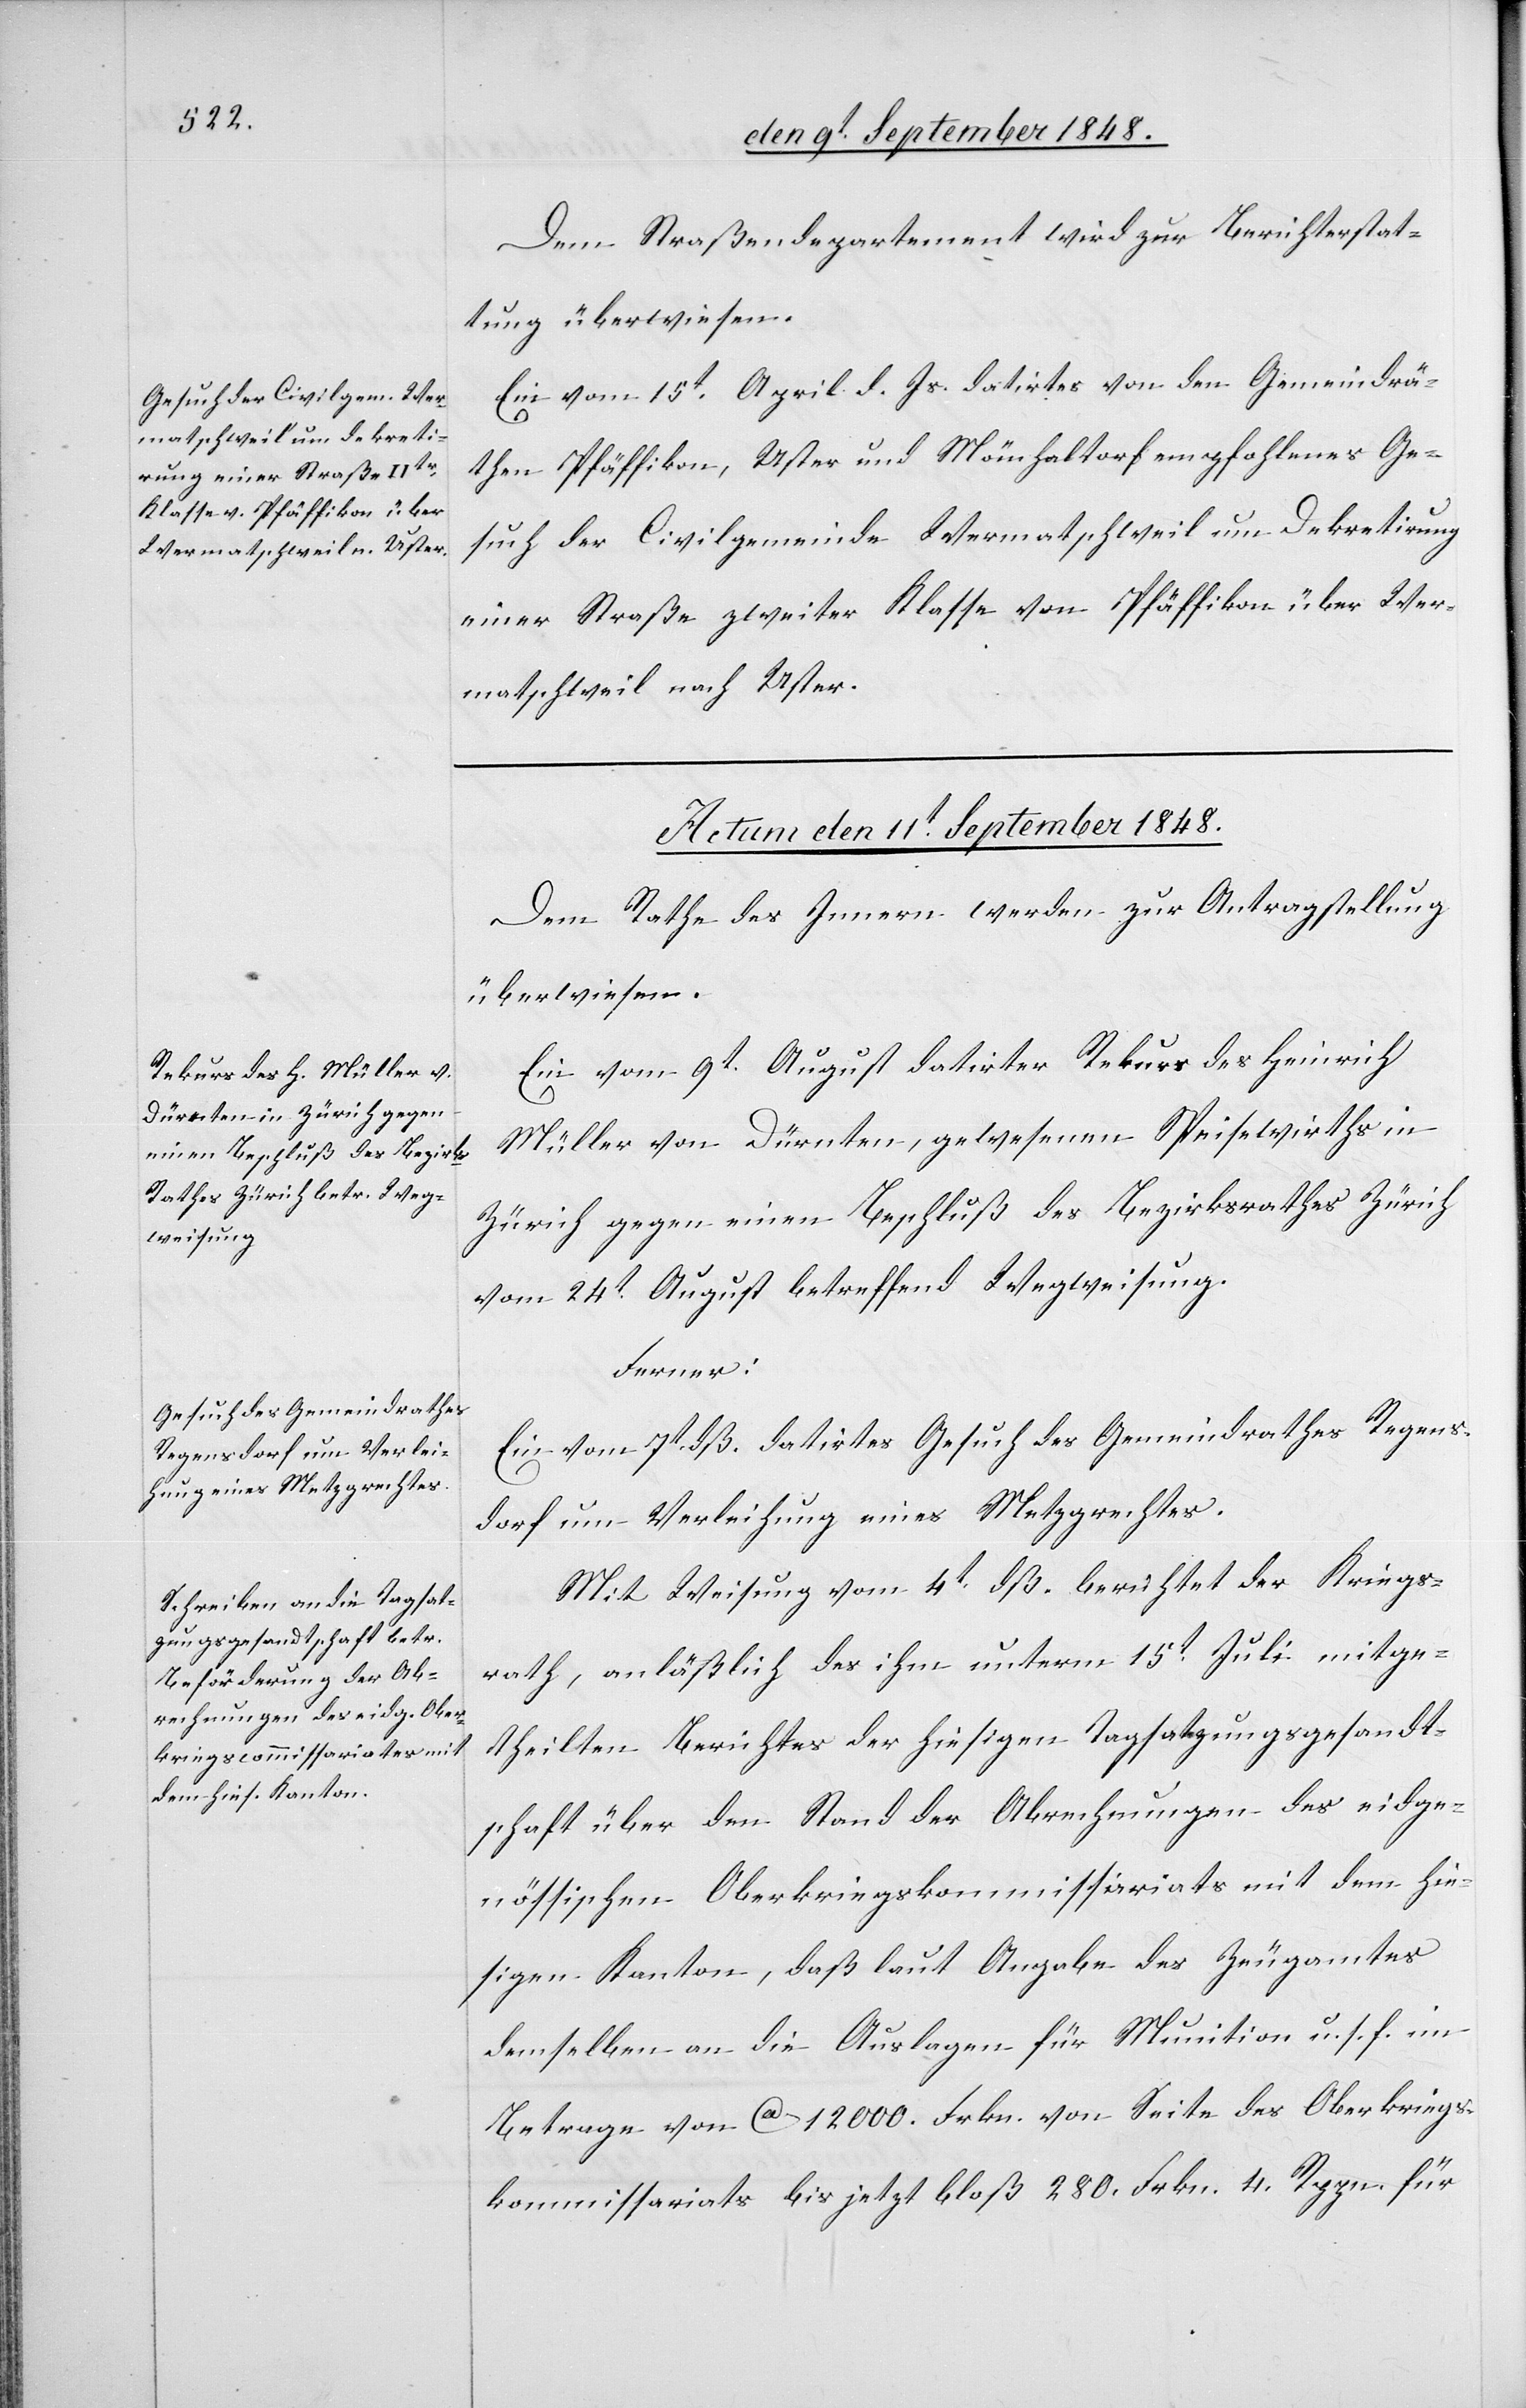
weisung.

Dem Straßendepartement wird zur Berichterstat¬
Weg¬
tung überwiesen.
Ein vom 15t April d. Js. datirtes von den Gemeindrä¬
then Pfäffikon, Uster und Mönchaltorf empfohlenes Ge¬
such der Civilgemeinde Wermatschweil um Dekretirung
einer Straße zweiter Klasse von Pfäffikon über Wer¬
matschweil nach Uster.
Actum den 11t September 1848.]
Dem Rathe des Innern werden zur Antragstellung
überwiesen:
Ein vom 9t August datirter Rekurs des Heinrich
Müller von Dürnten, gewesenen Speisewirths in
Zürich gegen einen Beschluß des Bezirksrathes Zürich
Ferner:
Ein vom 7t dß. datirtes Gesuch des Gemeindrathes Regens¬
dorf um Verleihung eines Metzgrechtes.
Mit Weisung vom 4t dß. berichtet der Kriegs¬
rath, anläßlich des ihm unterm 15t Juli mitge¬
theilten Berichtes der hiesigen Tagsatzungsgesandt¬
schaft über den Stand der Abrechnungen des eidge¬
nössischen Oberkriegskommissariats mit dem hie¬
sigen Kanton, daß laut Angabe des Zeugamtes
demselben an die Auslagen für Munition u. s. f. im
Betrage von ca. 12000. Frkn. von Seite des Oberkriegs¬
kommissariats bis jetzt bloß 280. Frkn. 4. Rppn. für